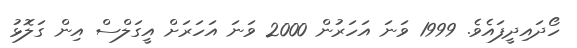
ހޯދައިދީފައެވެ. 1999 ވަނަ އަހަރުން 2000 ވަނަ އަހަރަށް އީގަލްސް އިން ގަލޮޅު